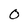
Character: 0